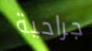
جراحية